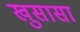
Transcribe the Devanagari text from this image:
खुसासा